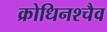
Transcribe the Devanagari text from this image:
क्रोधिनश्चैव